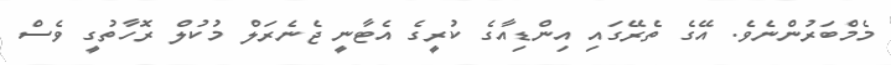
މެމްބަރުންނެވެ. އޭގެ ތެރޭގައި އިންޑިއާގެ ކުރީގެ އެޓާނީ ޖެނެރަލް މުކުލް ރޮހާތުގީ ވެސް